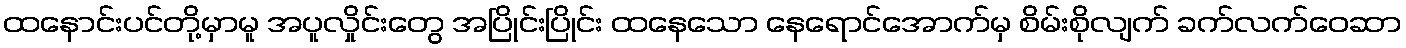
ထနောင်းပင်တို့မှာမူ အပူလှိုင်းတွေ အပြိုင်းပြိုင်း ထနေသော နေရောင်အောက်မှ စိမ်းစိုလျက် ခက်လက်ဝေဆာ